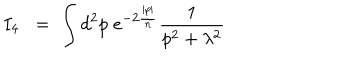
LaTeX: I _ { 4 } \; : = \; \int d ^ { 2 } p \; e ^ { - 2 \frac { | p | } { n } } \frac { 1 } { p ^ { 2 } + \lambda ^ { 2 } }